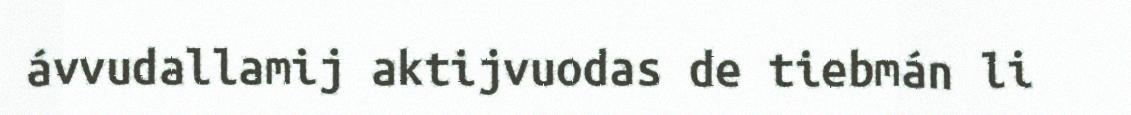
ávvudallamij aktijvuodas de tiebmán li